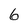
Character: 6